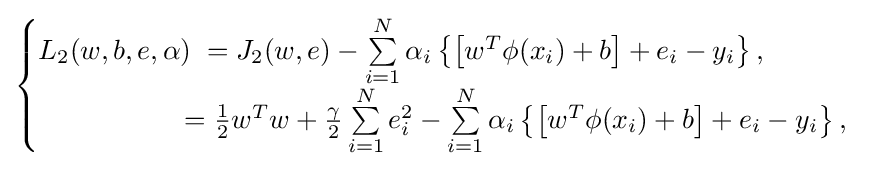
{\begin{cases}L_{2}(w,b,e,\alpha )\;=J_{2}(w,e)-\sum \limits _{i=1}^{N}\alpha _{i}\left\{{\left[{w^{T}\phi (x_{i})+b}\right]+e_{i}-y_{i}}\right\},\\\quad \quad \quad \quad \quad \;={\frac {1}{2}}w^{T}w+{\frac {\gamma }{2}}\sum \limits _{i=1}^{N}e_{i}^{2}-\sum \limits _{i=1}^{N}\alpha _{i}\left\{\left[w^{T}\phi (x_{i})+b\right]+e_{i}-y_{i}\right\},\end{cases}}